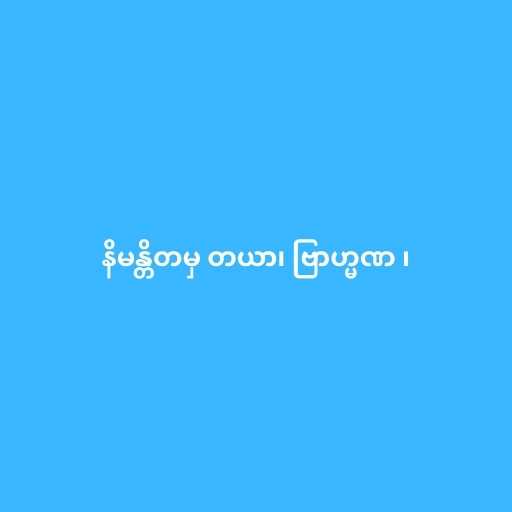
နိမန္တိတမှ တယာ၊ ဗြာဟ္မဏ ၊